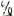
%